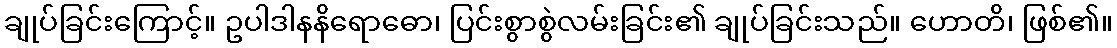
ချုပ်ခြင်းကြောင့်။ ဥပါဒါနနိရောဓော၊ ပြင်းစွာစွဲလမ်းခြင်း၏ ချုပ်ခြင်းသည်။ ဟောတိ၊ ဖြစ်၏။